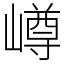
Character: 嶟